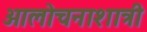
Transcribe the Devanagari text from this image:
आलोचनाशात्री